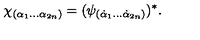
\chi _ { ( \alpha _ { 1 } \ldots \alpha _ { 2 n } ) } = ( \psi _ { ( \dot { \alpha } _ { 1 } \ldots \dot { \alpha } _ { 2 n } ) } ) ^ { * } .